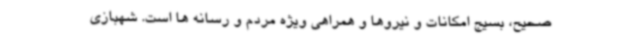
صحیح، بسیج امکانات و نیروها و همراهی ویژه مردم و رسانه ها است. شهبازی